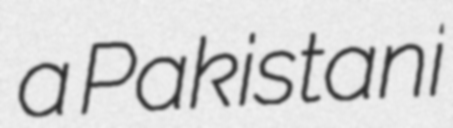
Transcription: a Pakistani